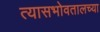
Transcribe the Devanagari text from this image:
त्यासभोवतालच्या